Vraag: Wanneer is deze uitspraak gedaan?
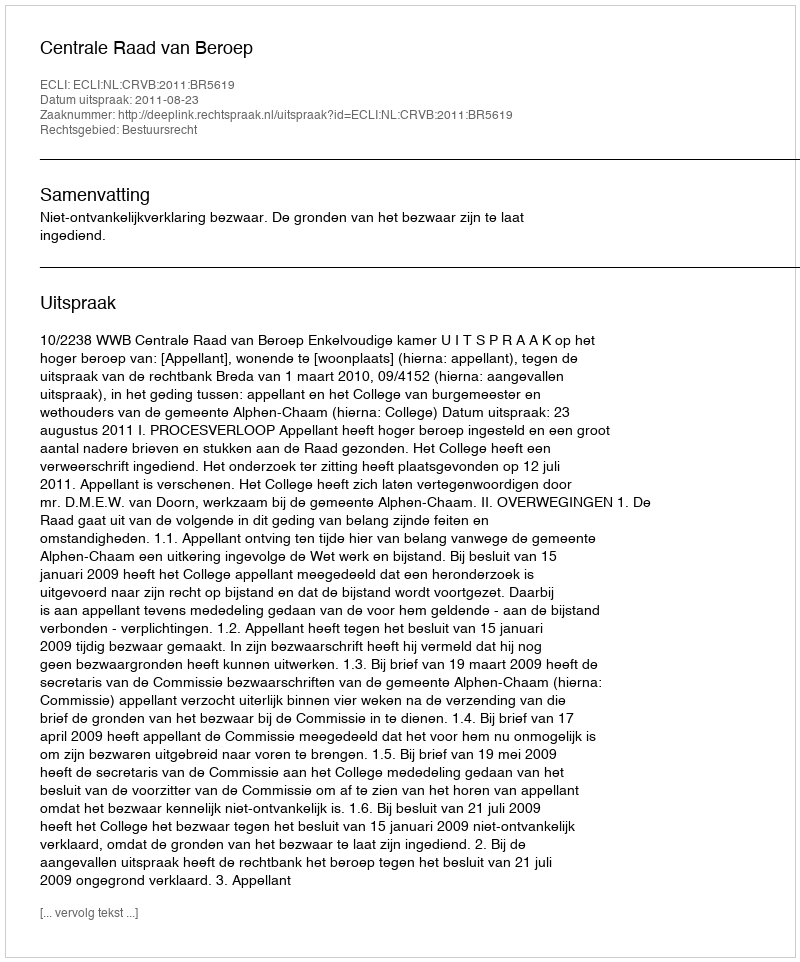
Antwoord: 2011-08-23